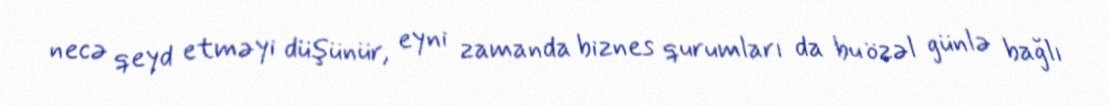
necə qeyd etməyi düşünür, eyni zamanda biznes qurumları da bu özəl günlə bağlı